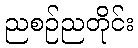
ညစဉ်ညတိုင်း